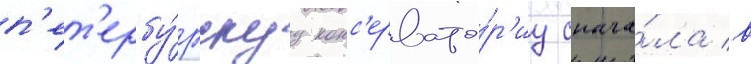
п'ет'ербу́ргскуу конс'ервато́р'иу снача́ла в